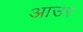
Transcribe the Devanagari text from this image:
आउर